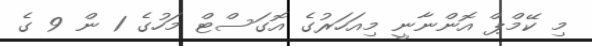
މި ކޭމްޕް އޮންނާނީ މިއަހަރުގެ އޮގަސްޓް މަހުގެ 1 ން 9 ގެ